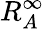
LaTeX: R_{A}^{\infty}